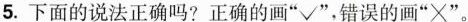
5.下面的说法正确吗?正确的画”√”，错误的画”× ”。